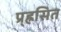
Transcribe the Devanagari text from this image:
प्र्ह्रसित